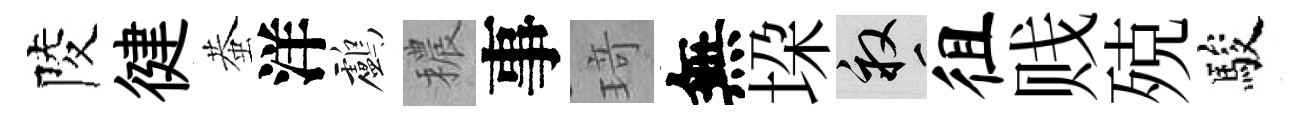
陵徤蛬洋鸕穠事𤦺無垜畝徂贱殑駿